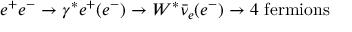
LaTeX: e ^ { + } e ^ { - } \rightarrow \gamma ^ { * } e ^ { + } ( e ^ { - } ) \rightarrow W ^ { * } \bar { \nu } _ { e } ( e ^ { - } ) \rightarrow 4 \ \mathrm { f e r m i o n s }